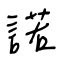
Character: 諾